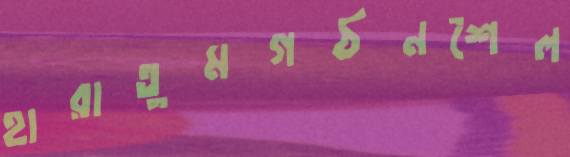
হারাতুমগঠনশৈল